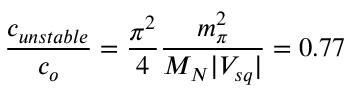
\frac { c _ { u n s t a b l e } } { c _ { o } } = \frac { \pi ^ { 2 } } { 4 } \frac { m _ { \pi } ^ { 2 } } { M _ { N } | V _ { s q } | } = 0 . 7 7